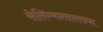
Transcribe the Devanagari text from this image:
सेलिग्मनसारख्या